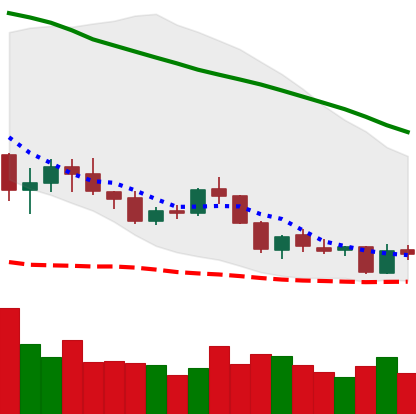
Ticker: NEO-USD
Chart end date: 2018-05-30
Forward return: 3.675%
Label: up_3_5